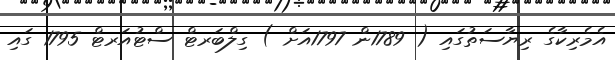
އެމެރިކާގެ ރިޔާސަތުގައި ( 1789ން 1797އަށް ) ގިލްބަރޓް ސްޓުއަރޓް 1795 ގައި